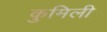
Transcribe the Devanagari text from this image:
कुमिली